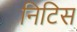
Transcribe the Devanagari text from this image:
निटिस